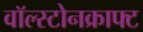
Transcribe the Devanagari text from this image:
वॉल्स्टोनक्राफ्ट